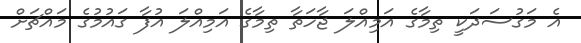
އެ މަގުސަދަކީ ތިމާގެ އަމިއްލަ ޖާހަތާ ތިމާގެ އަމިއްލަ އުފާ ގައުމުގެ މައްޗަށް